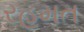
રહમત